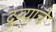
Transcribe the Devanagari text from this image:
दुव्यांचे